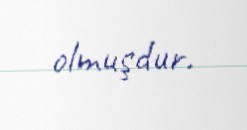
olmuşdur.